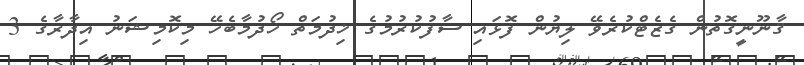
ޤާނޫނީގޮތުން ގެޒެޓްކުރެވޭ ލިޔުން ފޮޅައި ސާފުކުރުމުގެ ޚިދުމަތް ހޯދުމާބެހޭ މިކޮމިޝަނު އިދާރާގެ 3